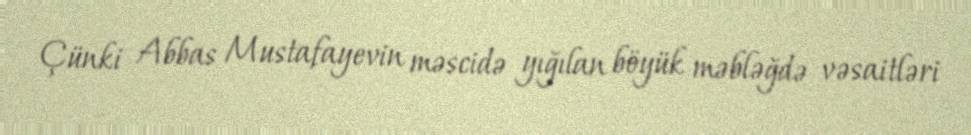
Çünki Abbas Mustafayevin məscidə yığılan böyük məbləğdə vəsaitləri